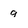
Character: 9